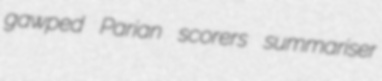
gawped Parian scorers summariser